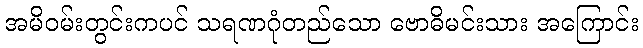
အမိဝမ်းတွင်းကပင် သရဏဂုံတည်သော ဗောဓိမင်းသား အကြောင်း